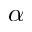
\alpha